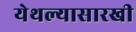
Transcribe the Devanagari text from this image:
येथल्यासारखी